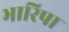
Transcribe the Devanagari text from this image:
भारिपा